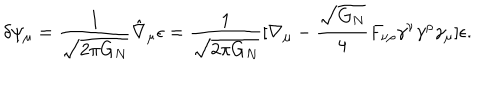
LaTeX: \delta \psi _ { \mu } = { \frac { 1 } { \sqrt { 2 \pi G _ { N } } } } \hat { \nabla } _ { \mu } \epsilon = { \frac { 1 } { \sqrt { 2 \pi G _ { N } } } } [ \nabla _ { \mu } - { \frac { \sqrt { G _ { N } } } { 4 } } F _ { \nu \rho } \gamma ^ { \nu } \gamma ^ { \rho } \gamma _ { \mu } ] \epsilon .